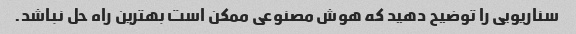
سناریویی را توضیح دهید که هوش مصنوعی ممکن است بهترین راه حل نباشد.